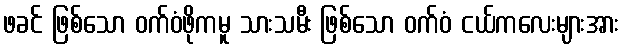
ဖခင် ဖြစ်သော ဝက်ဝံဖိုကမူ သားသမီး ဖြစ်သော ဝက်ဝံ ငယ်ကလေးများအား